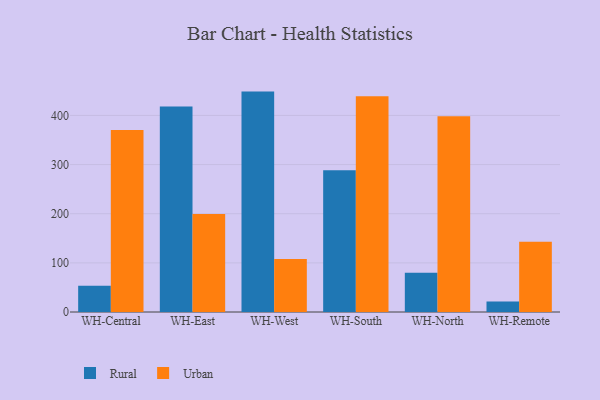
{"axis": {"x": "Warehouse", "y": "Budget (USD K)"}, "legend": ["Rural", "Urban"], "data": [{"x": "WH-Central", "y": 53.3, "type": "Rural"}, {"x": "WH-Central", "y": 370.3, "type": "Urban"}, {"x": "WH-East", "y": 418.4, "type": "Rural"}, {"x": "WH-East", "y": 199.2, "type": "Urban"}, {"x": "WH-West", "y": 448.5, "type": "Rural"}, {"x": "WH-West", "y": 107.7, "type": "Urban"}, {"x": "WH-South", "y": 288.6, "type": "Rural"}, {"x": "WH-South", "y": 438.9, "type": "Urban"}, {"x": "WH-North", "y": 79.9, "type": "Rural"}, {"x": "WH-North", "y": 398.3, "type": "Urban"}, {"x": "WH-Remote", "y": 21.5, "type": "Rural"}, {"x": "WH-Remote", "y": 143.1, "type": "Urban"}]}